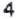
4